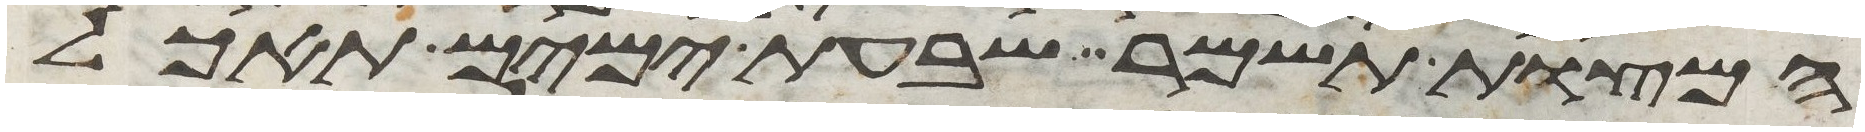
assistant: המצות תשמר שבעת ימים תאכל